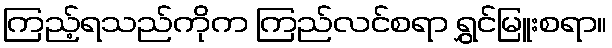
ကြည့်ရသည်ကိုက ကြည်လင်စရာ ရွှင်မြူးစရာ။